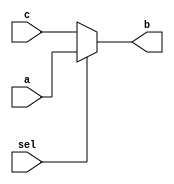
module mux_beh(input a,c,sel,output reg b);
initial begin
		if(sel)begin
		 b=a;
			end

			else begin
		b=c;
	end
end
endmodule